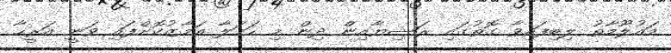
މައުލޫމާތު ލިބިފައިވާ ގޮތުގައި ރަޝިޔާއިން ދިން މި ހަމަލާ އަމާޒުކޮށްފައި ވަނީ އަރީޙާ